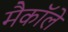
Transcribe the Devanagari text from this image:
मैकाॅले